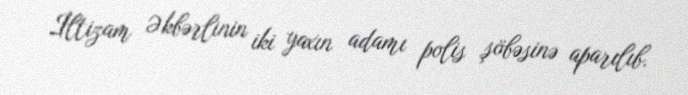
İltizam Əkbərlinin iki yaxın adamı polis şöbəsinə aparılıb.